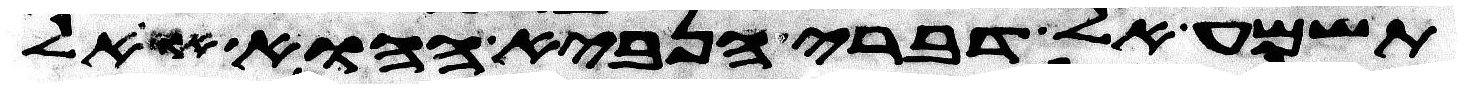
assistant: תשמע אל דברי הנביא ההוא או אל